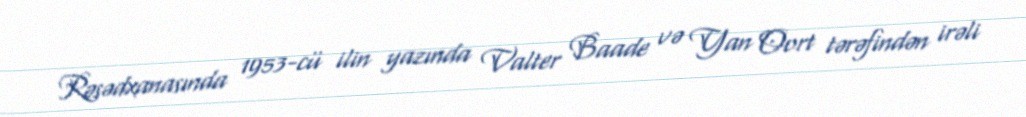
Rəsədxanasında 1953-cü ilin yazında Valter Baade və Yan Oort tərəfindən irəli